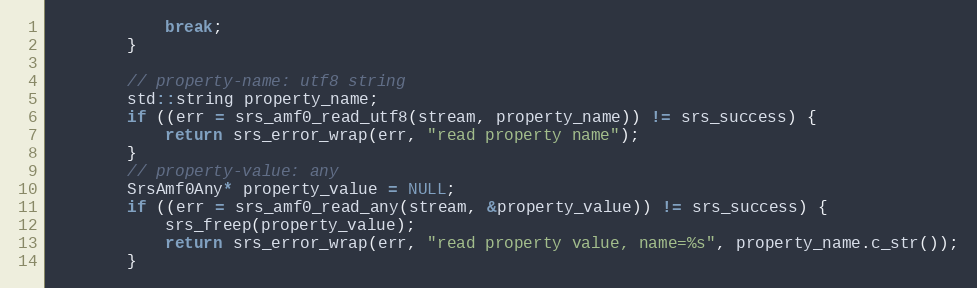
Language: C++
            break;
        }

        // property-name: utf8 string
        std::string property_name;
        if ((err = srs_amf0_read_utf8(stream, property_name)) != srs_success) {
            return srs_error_wrap(err, "read property name");
        }
        // property-value: any
        SrsAmf0Any* property_value = NULL;
        if ((err = srs_amf0_read_any(stream, &property_value)) != srs_success) {
            srs_freep(property_value);
            return srs_error_wrap(err, "read property value, name=%s", property_name.c_str());
        }